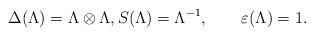
LaTeX: \begin{align*}\Delta(\Lambda)=\Lambda\otimes\Lambda,S(\Lambda)=\Lambda^{-1},\qquad\varepsilon(\Lambda)=1.\end{align*}